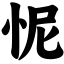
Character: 怩